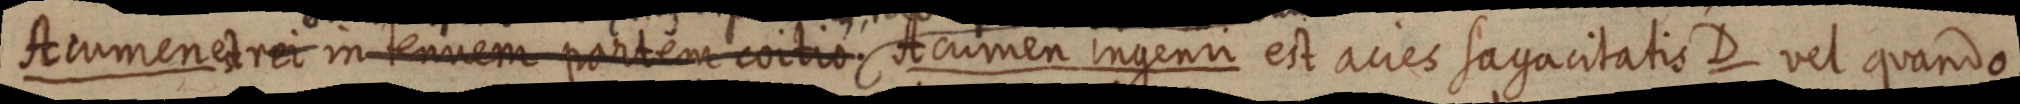
Acumen est rei in tenuem partem coitio. Acumen ingenui est acies sagacitatis D vel quando